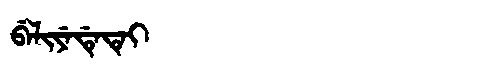
Manchu: ᠪᡝᠯᡳᠶᡝᡩᡝᡨᡝᡳ
Romanization: BELIYEDETEI